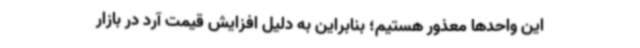
این واحدها معذور هستیم؛ بنابراین به دلیل افزایش قیمت آرد در بازار